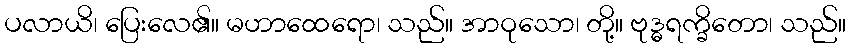
ပလာယိ၊ ပြေးလေ၏။ မဟာထေရော၊ သည်။ အာဝုသော၊ တို့။ ဗုဒ္ဓရက္ခိတော၊ သည်။